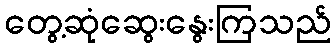
တွေ့ဆုံဆွေးနွေးကြသည်